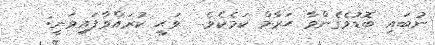
ނުބައި ބޮޑުވެގެންވާ ޙަރާމް ކަމެކެވެ.  ވަޙީ ކުރައްވާފައިވަނީ: